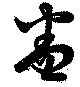
盖